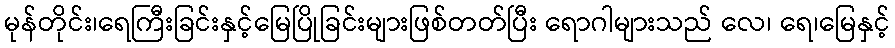
မုန်တိုင်း၊ရေကြီးခြင်းနှင့်မြေပြိုခြင်းများဖြစ်တတ်ပြီး ရောဂါများသည် လေ၊ ရေ၊မြေနှင့်